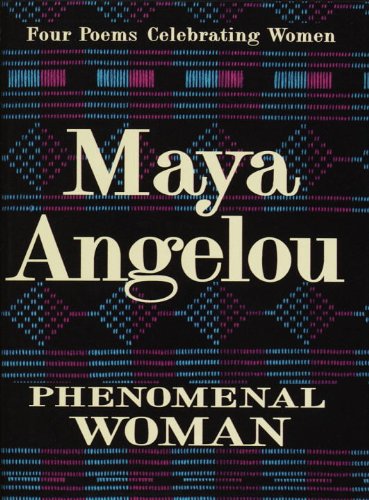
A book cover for Phenomenal Woman: Four Poems Celebrating Women; Maya Angelou; Literature & Fiction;